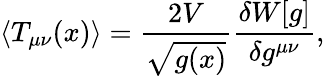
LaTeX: \langle T_{\mu\nu}(x)\rangle=\frac{2V}{\sqrt{g(x)}}\frac{\delta W[g]}{\delta g^{\mu\nu}},